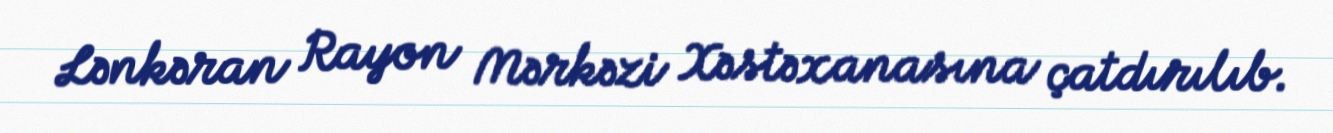
Lənkəran Rayon Mərkəzi Xəstəxanasına çatdırılıb.